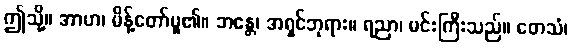
ဤသို့။ အာဟ၊ မိန့်တော်မူ၏။ ဘန္တေ၊ အရှင်ဘုရား။ ရညာ၊ မင်းကြီးသည်။ တေသံ၊